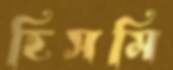
হিসমি